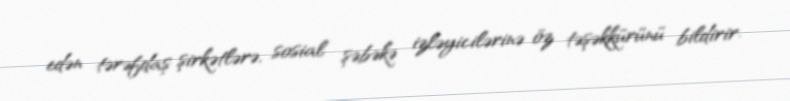
edən tərəfdaş şirkətlərə, sosial şəbəkə izləyicilərinə öz təşəkkürünü bildirir.